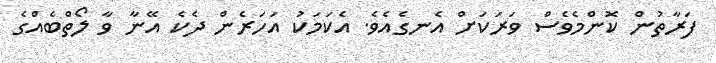
ފަރާތުން ކޮންމެވެސް ވަރަކަށް އެނގެއެވެ. އެކަމަކު އަހަރެން ދެކެ އޭނާ ވާ ލޯތްބެއްގެ